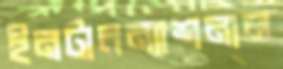
ইনটারন্যাশনাল